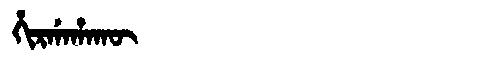
Manchu: ᡥᡳᡵᡤᠠᡥᠠᡴᡡ
Romanization: HIRGAHAKŪ